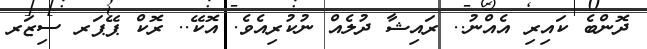
ދޮންބެ ކައިރި އެއްނު.. ރައިޝާ ދުލެއް ނުކުރިއެވެ. އޮކޭ.. ރޮކް ޕޭޕަރ ސިޒަރ